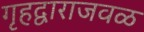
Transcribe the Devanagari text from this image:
गृहद्वाराजवळ